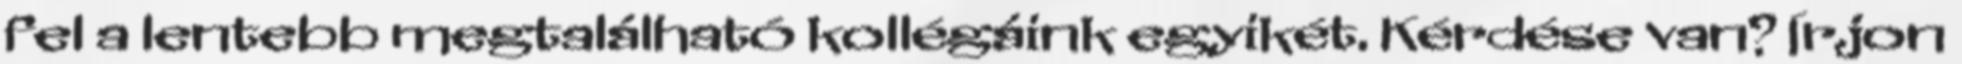
fel a lentebb megtalálható kollégáink egyikét. Kérdése van? Írjon